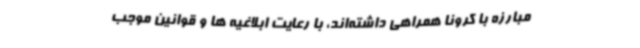
مبارزه با کرونا همراهی داشته‌اند، با رعایت ابلاغیه ها و قوانین موجب